Lunatic asylums Central Provinces reports 1874-1885 - 1874-1885
Year: 1874
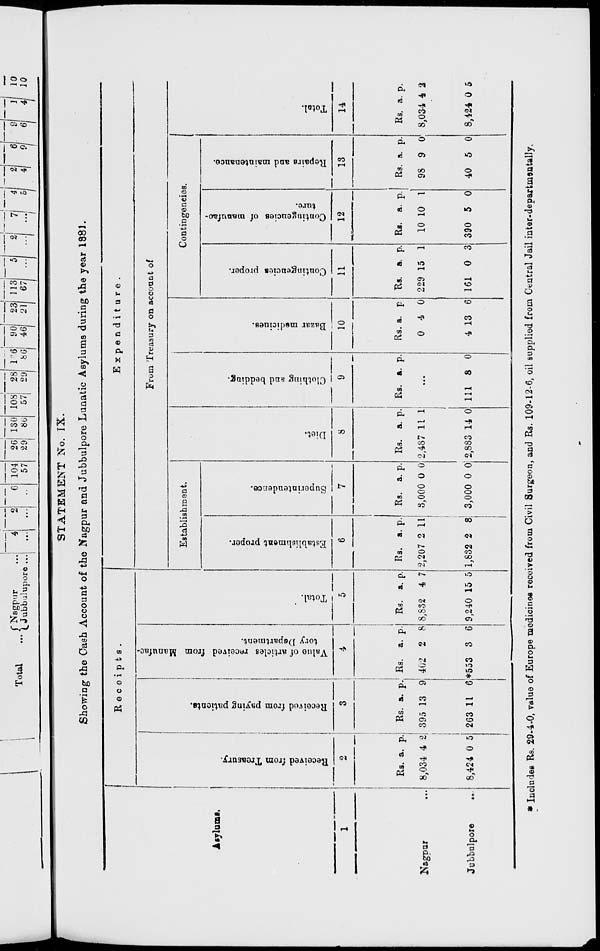
STATEMENT No. IX.
Showing the Cash Account of the Nagpur and Jubbulpore Lunatic Asylums during the year 1881.
Asylums.
1
Nagpur ...
Jubbulpore
...
Receipts.
Received from Treasury.
2
Rs.
8,034
8,424
a.
4
0
p.
2
5
Received from paying patients.
3
Rs.
395
263
a.
13
11
p.
9
6
Value of articles received from Manufac-
tory Department.
4
Rs.
402
*553
a.
2
3
p.
8
6
Total.
5
Rs.
8,832
9,240
a.
4
15
p.
7
5
Expenditure.
From Treasury on account of
Establishment.
Establishment proper.
6
Rs.
2,207
1,832
a.
2
2
p.
11
8
Superintendence.
7
Rs.
3,000
3,000
a.
0
0
p.
0
0
Diet.
8
Rs.
2,487
2,883
a.
11
14
p.
1
0
Clothing and bedding.
9
Rs. a. p.
...
111 8 0
Bazar medicines.
10
Rs.
0
4
a.
4
13
p.
0
6
Contingencies.
Contingencies proper.
11
Rs.
229
161
a.
15
0
p.
1
3
Contingencies of manufac-
ture.
12
Rs.
10
390
a.
10
5
p.
1
0
Repairs and maintenance.
13
Rs.
98
40
a.
9
5
p.
0
0
Total.
14
Rs.
8,034
8,424
a.
4
0
p.
2
5
* Includes Rs. 29-4-0, value of Europe medicines received from Civil Surgeon, and Rs. 109-12-6, oil supplied from Central Jail inter-departmentally.